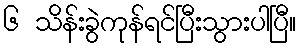
၆ သိန်းခွဲကုန်ရင်ပြီးသွားပါပြီ။